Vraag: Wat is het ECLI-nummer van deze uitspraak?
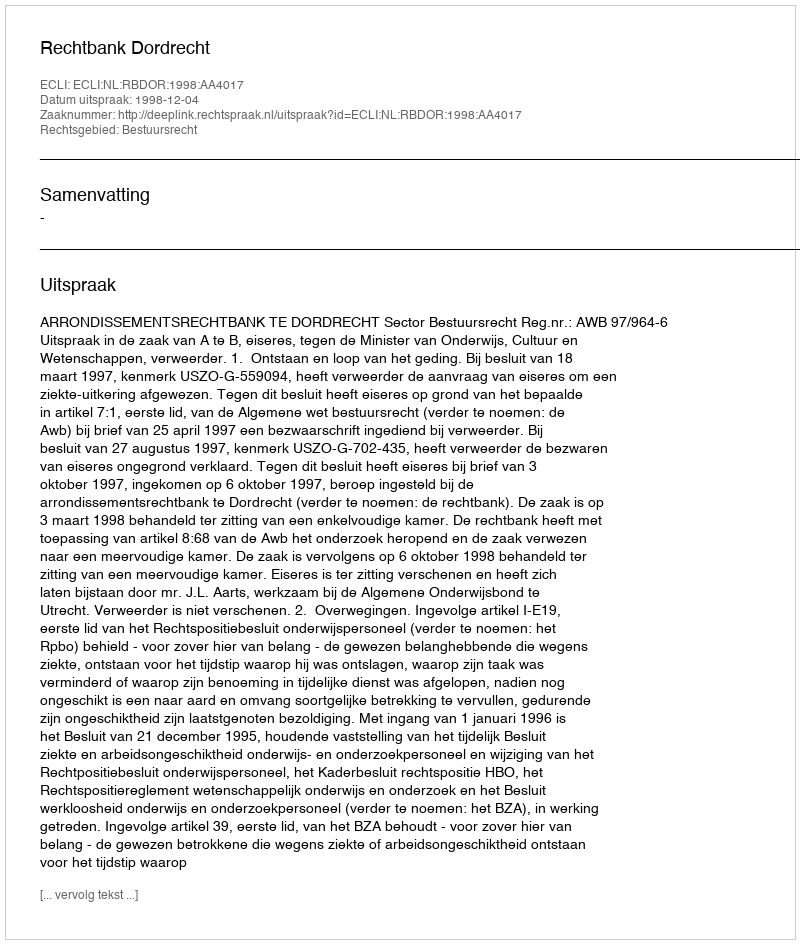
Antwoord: ECLI:NL:RBDOR:1998:AA4017